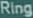
Ring